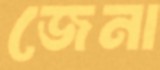
জেনা